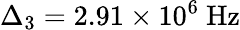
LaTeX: \Delta_{3}=2.91\times 10^{6}~\mathrm{Hz}